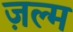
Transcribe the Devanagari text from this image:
ज़ल्म